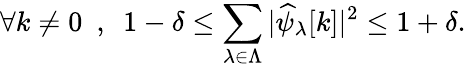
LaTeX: \forall k\ne 0~~,~~1-\delta\leq\sum_{\lambda\in\Lambda}|\widehat{\psi}_{\lambda}[k]|^{2}\leq 1+\delta.